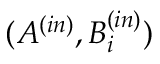
( A ^ { ( i n ) } , B _ { i } ^ { ( i n ) } )